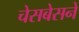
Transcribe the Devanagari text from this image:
चेसबेसने